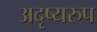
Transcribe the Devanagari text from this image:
अदृष्यरुप